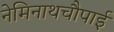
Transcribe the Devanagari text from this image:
नेमिनाथचौपाई